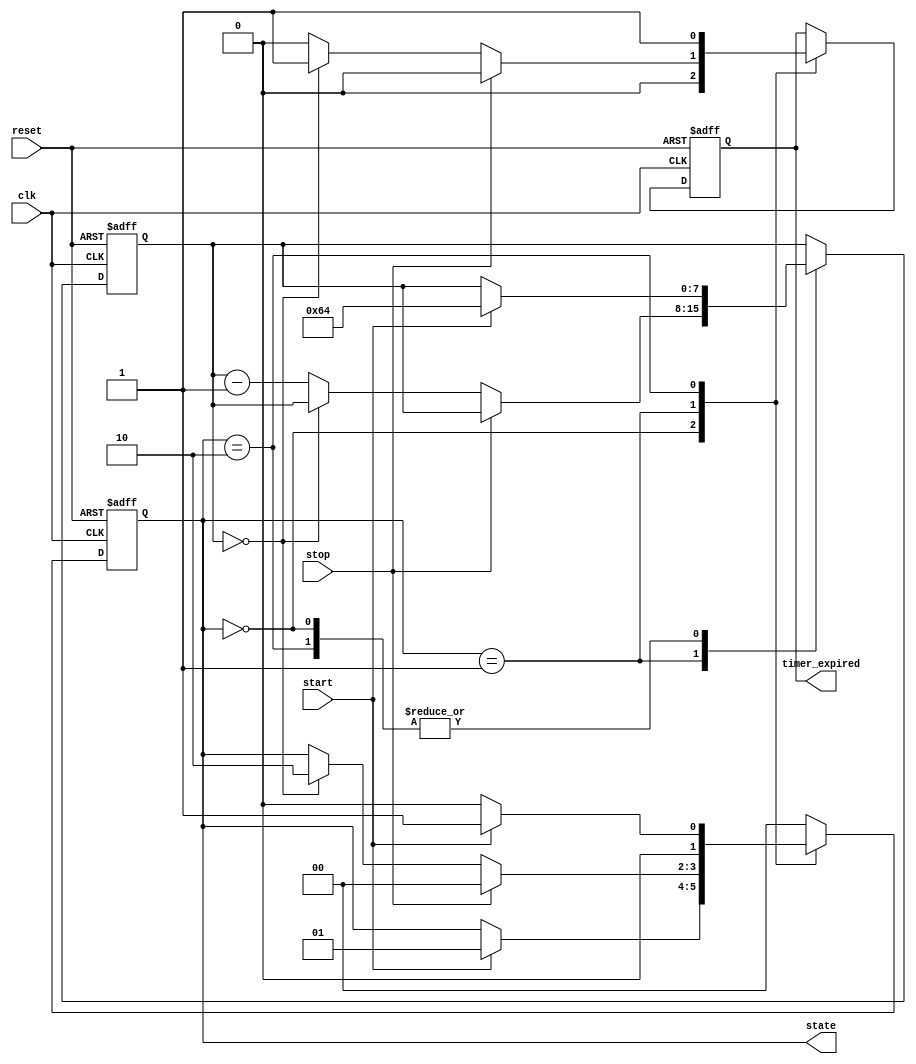
module TimerBasedMealyFSM (
    input wire clk,          // Clock signal
    input wire reset,        // Asynchronous reset
    input wire start,        // Input signal to start the timer
    input wire stop,         // Input signal to stop the timer
    output reg timer_expired, // Output indicating timer expiration
    output reg [1:0] state   // Current state output
);

// State encoding
localparam IDLE    = 2'b00;
localparam ACTIVE  = 2'b01;
localparam TIMEOUT = 2'b10;

// Timer parameters
parameter TIMER_MAX = 8'd100; // Example timer value
reg [7:0] timer; // Timer register

// State transition logic
always @(posedge clk or posedge reset) begin
    if (reset) begin
        state <= IDLE;
        timer <= 0;
        timer_expired <= 0;
    end else begin
        case (state)
            IDLE: begin
                timer_expired <= 0;
                if (start) begin
                    state <= ACTIVE;
                    timer <= TIMER_MAX; // Load timer
                end
            end
            
            ACTIVE: begin
                timer_expired <= 0;
                if (stop) begin
                    state <= IDLE; // Transition back to IDLE
                end else if (timer == 0) begin
                    state <= TIMEOUT; // Transition to TIMEOUT
                    timer_expired <= 1; // Indicate timer expired
                end else begin
                    timer <= timer - 1; // Decrement timer
                end
            end
            
            TIMEOUT: begin
                timer_expired <= 1; // Timer expired output
                if (start) begin
                    state <= ACTIVE; // Restart the timer
                    timer <= TIMER_MAX; // Load timer
                end else begin
                    state <= IDLE; // Transition back to IDLE
                end
            end
            
            default: state <= IDLE; // Default case
        endcase
    end
end

endmodule